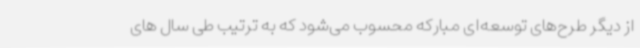
از دیگر طرح‌های توسعه‌ای مبارکه محسوب می‌شود که به ترتیب طی سال های